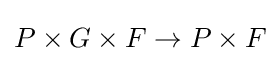
P\times G\times F\to P\times F